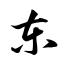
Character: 东